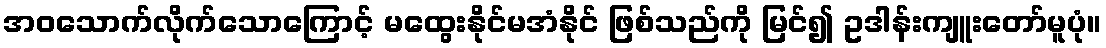
အဝသောက်လိုက်သောကြောင့် မထွေးနိုင်မအံနိုင် ဖြစ်သည်ကို မြင်၍ ဥဒါန်းကျူးတော်မူပုံ။